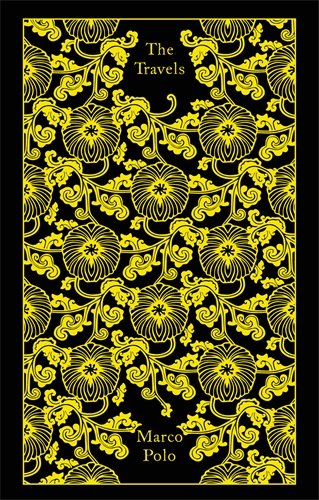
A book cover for The Travels (Hardcover Classics); Marco Polo; Travel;